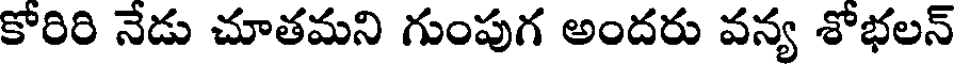
కోరిరి నేడు చూతమని గుంపుగ అందరు వన్య శోభలన్